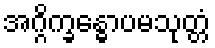
အဂ္ဂိက္ခန္ဓောပမသုတ္တံ